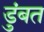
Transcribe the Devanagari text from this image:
डुंबत